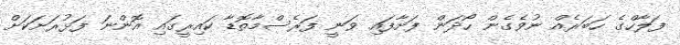
ފަލާހްގެ ހަބަރެއް ނުވެގެން ހޯދަން ފަށާފައި ވަނީ ފަރެސްމާތޮޑާ ކައިރީގައި އޮންނަ ފަޅުރަށަކަށް